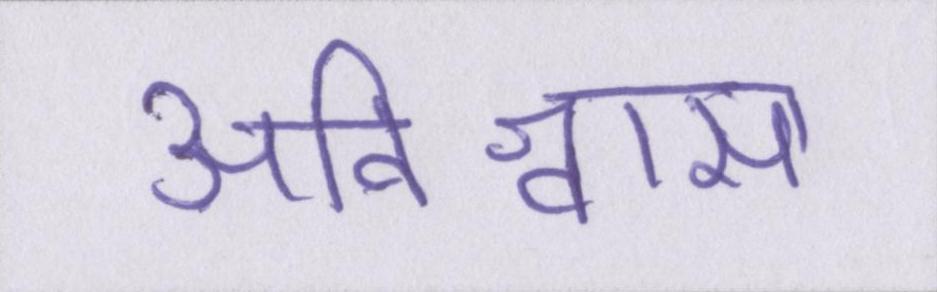
अविश्वास